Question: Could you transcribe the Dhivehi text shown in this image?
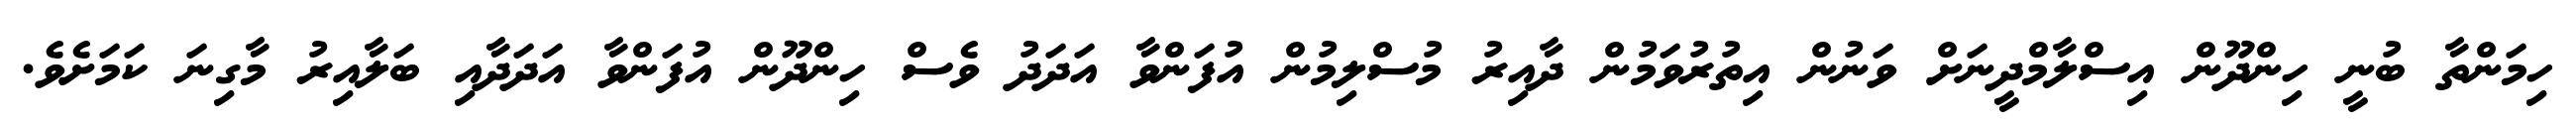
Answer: ހިމަންތާ ބުނީ ހިންދޫން އިސްލާމްދީނަށް ވަނުން އިތުރުވަމުން ދާއިރު މުސްލިމުން އުފަންވާ އަދަދު ވެސް ހިންދޫން އުފަންވާ އަދަދާއި ބަލާއިރު މާގިނަ ކަމަށެވެ.